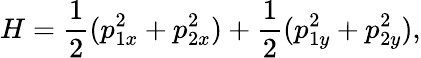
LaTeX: H=\frac{1}{2}(p_{1x}^{2}+p_{2x}^{2})+\frac{1}{2}(p_{1y}^{2}+p_{2y}^{2}),